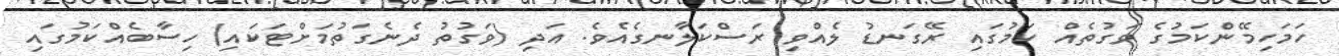
ހަމަހިމޭންކަމުގެ ވަގުތެއް ކަމުގައި ރޭގަނޑު ލެއްވި ރަސްކަލާނގެއެވެ. އަދި (ވަގުތު ދެނެގަތުމަށްޓަކައި) ހިސާބެއްކަމުގައި